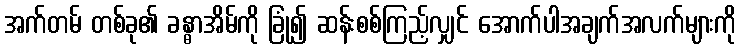
အက်တမ် တစ်ခု၏ ခန္ဓာအိမ်ကို ခြုံ၍ ဆန်းစစ်ကြည့်လျှင် အောက်ပါအချက်အလက်များကို